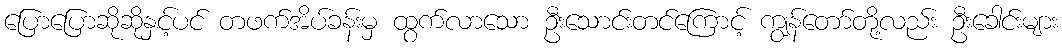
ပြောပြောဆိုဆိုနှင့်ပင် တဖက်အိပ်ခန်းမှ ထွက်လာသော ဦးသောင်းတင်ကြောင့် ကျွန်တော်တို့လည်း ဦးခေါင်းများ